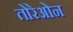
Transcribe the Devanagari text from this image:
तोरेओन